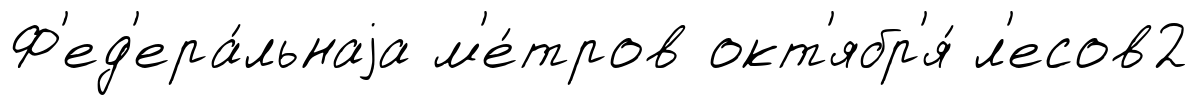
Ф'ед'ера́льнаjа м'е́тров окт'ябр'я́ л'есов2